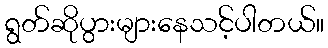
ရွတ်ဆိုပွားများနေသင့်ပါတယ်။